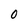
Character: O